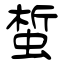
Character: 蜤